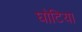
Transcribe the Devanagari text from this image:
घोटिया